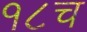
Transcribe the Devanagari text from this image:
१८च